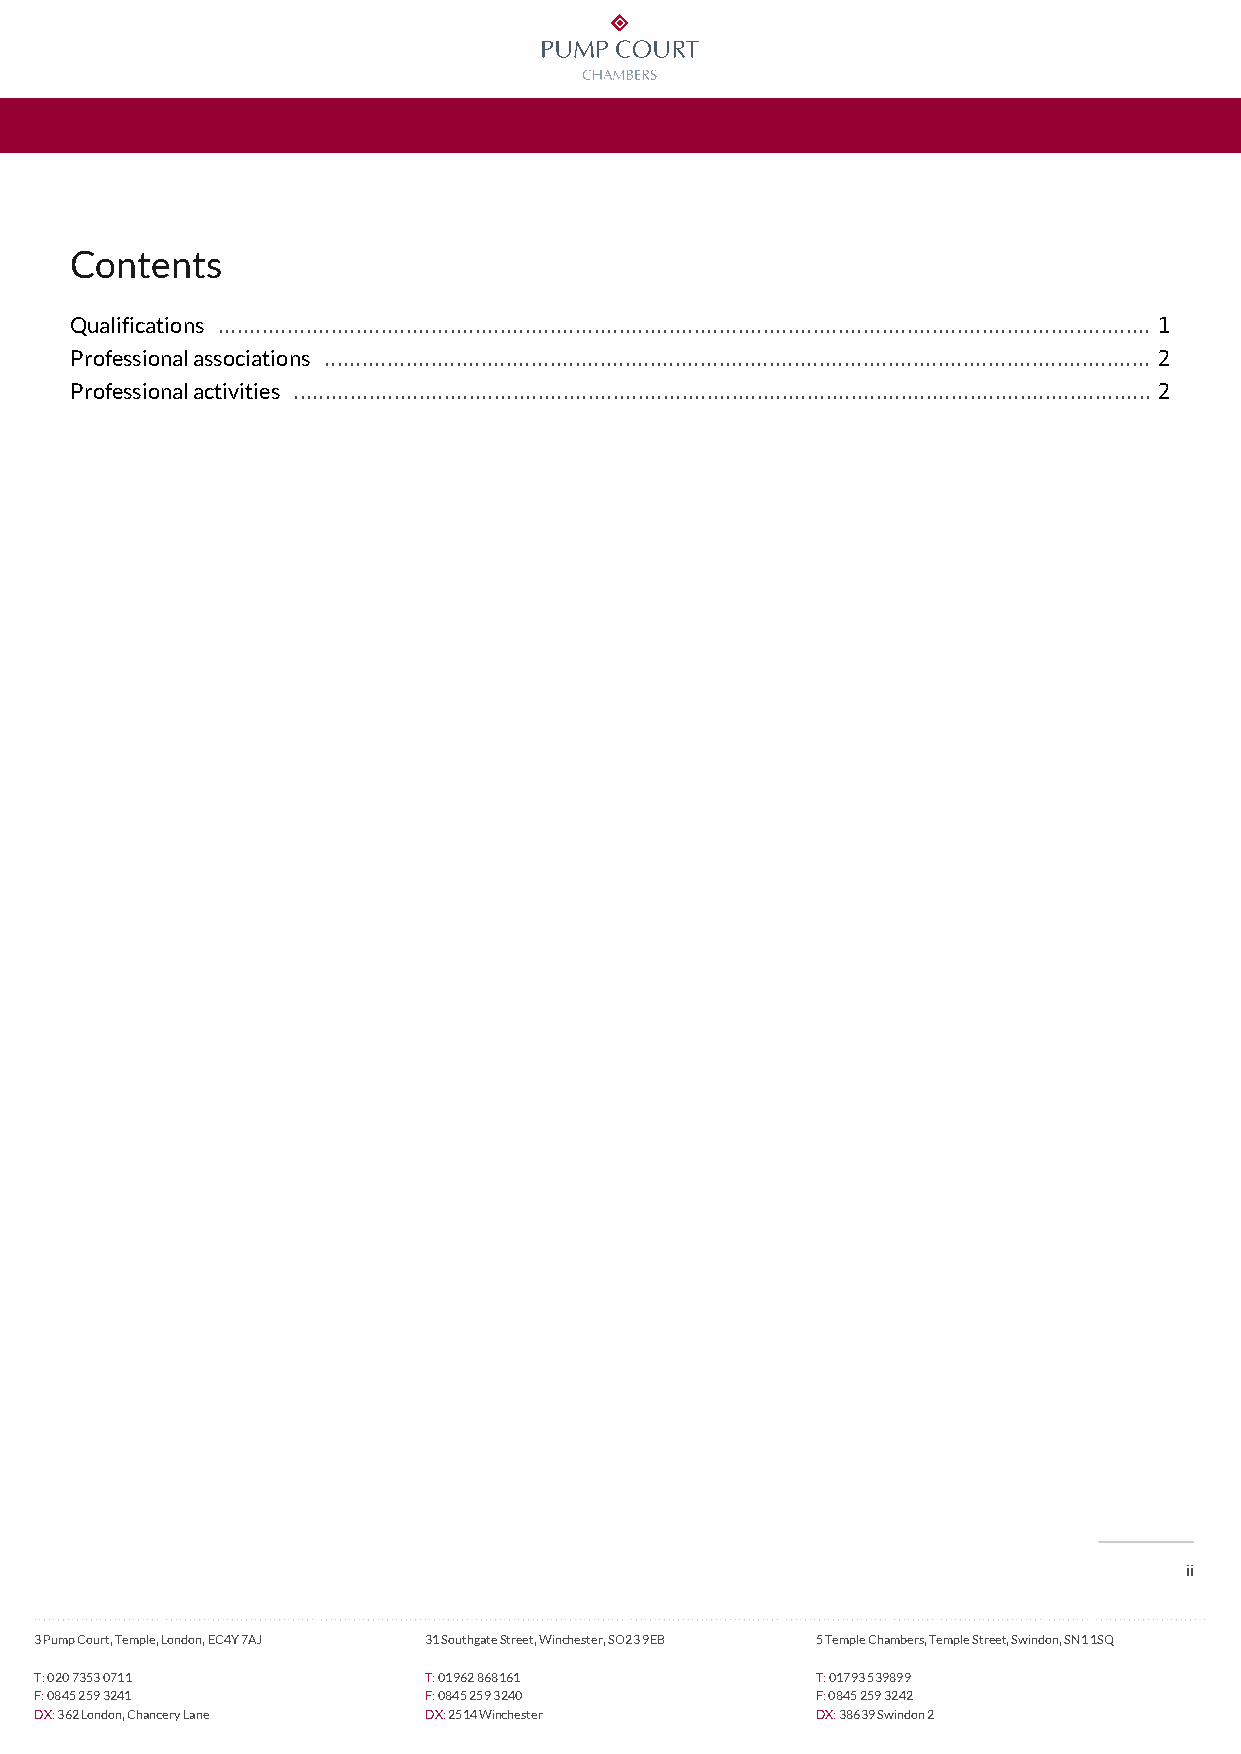
Contents
 Qualifications ..................................................................................................................................................... 1
 Professional associations .................................................................................................................................... 2
 Professional activities ......................................................................................................................................... 2
 ii
 3 Pump Court, Temple, London, EC4Y 7AJ 31 Southgate Street, Winchester, SO23 9EB 5 Temple Chambers, Temple Street, Swindon, SN1 1SQ
 T: 020 7353 0711          T: 01962 868161           T: 01793 539899
 F: 0845 259 3241          F: 0845 259 3240          F: 0845 259 3242
 DX: 362 London, Chancery Lane DX: 2514 Winchester   DX: 38639 Swindon 2